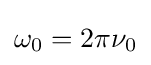
\omega _{0}=2\pi \nu _{0}